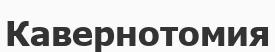
Кавернотомия